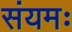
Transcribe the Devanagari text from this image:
संयमः